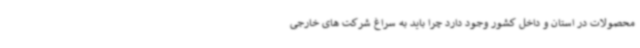
محصولات در استان و داخل کشور وجود دارد چرا باید به سراغ شرکت های خارجی